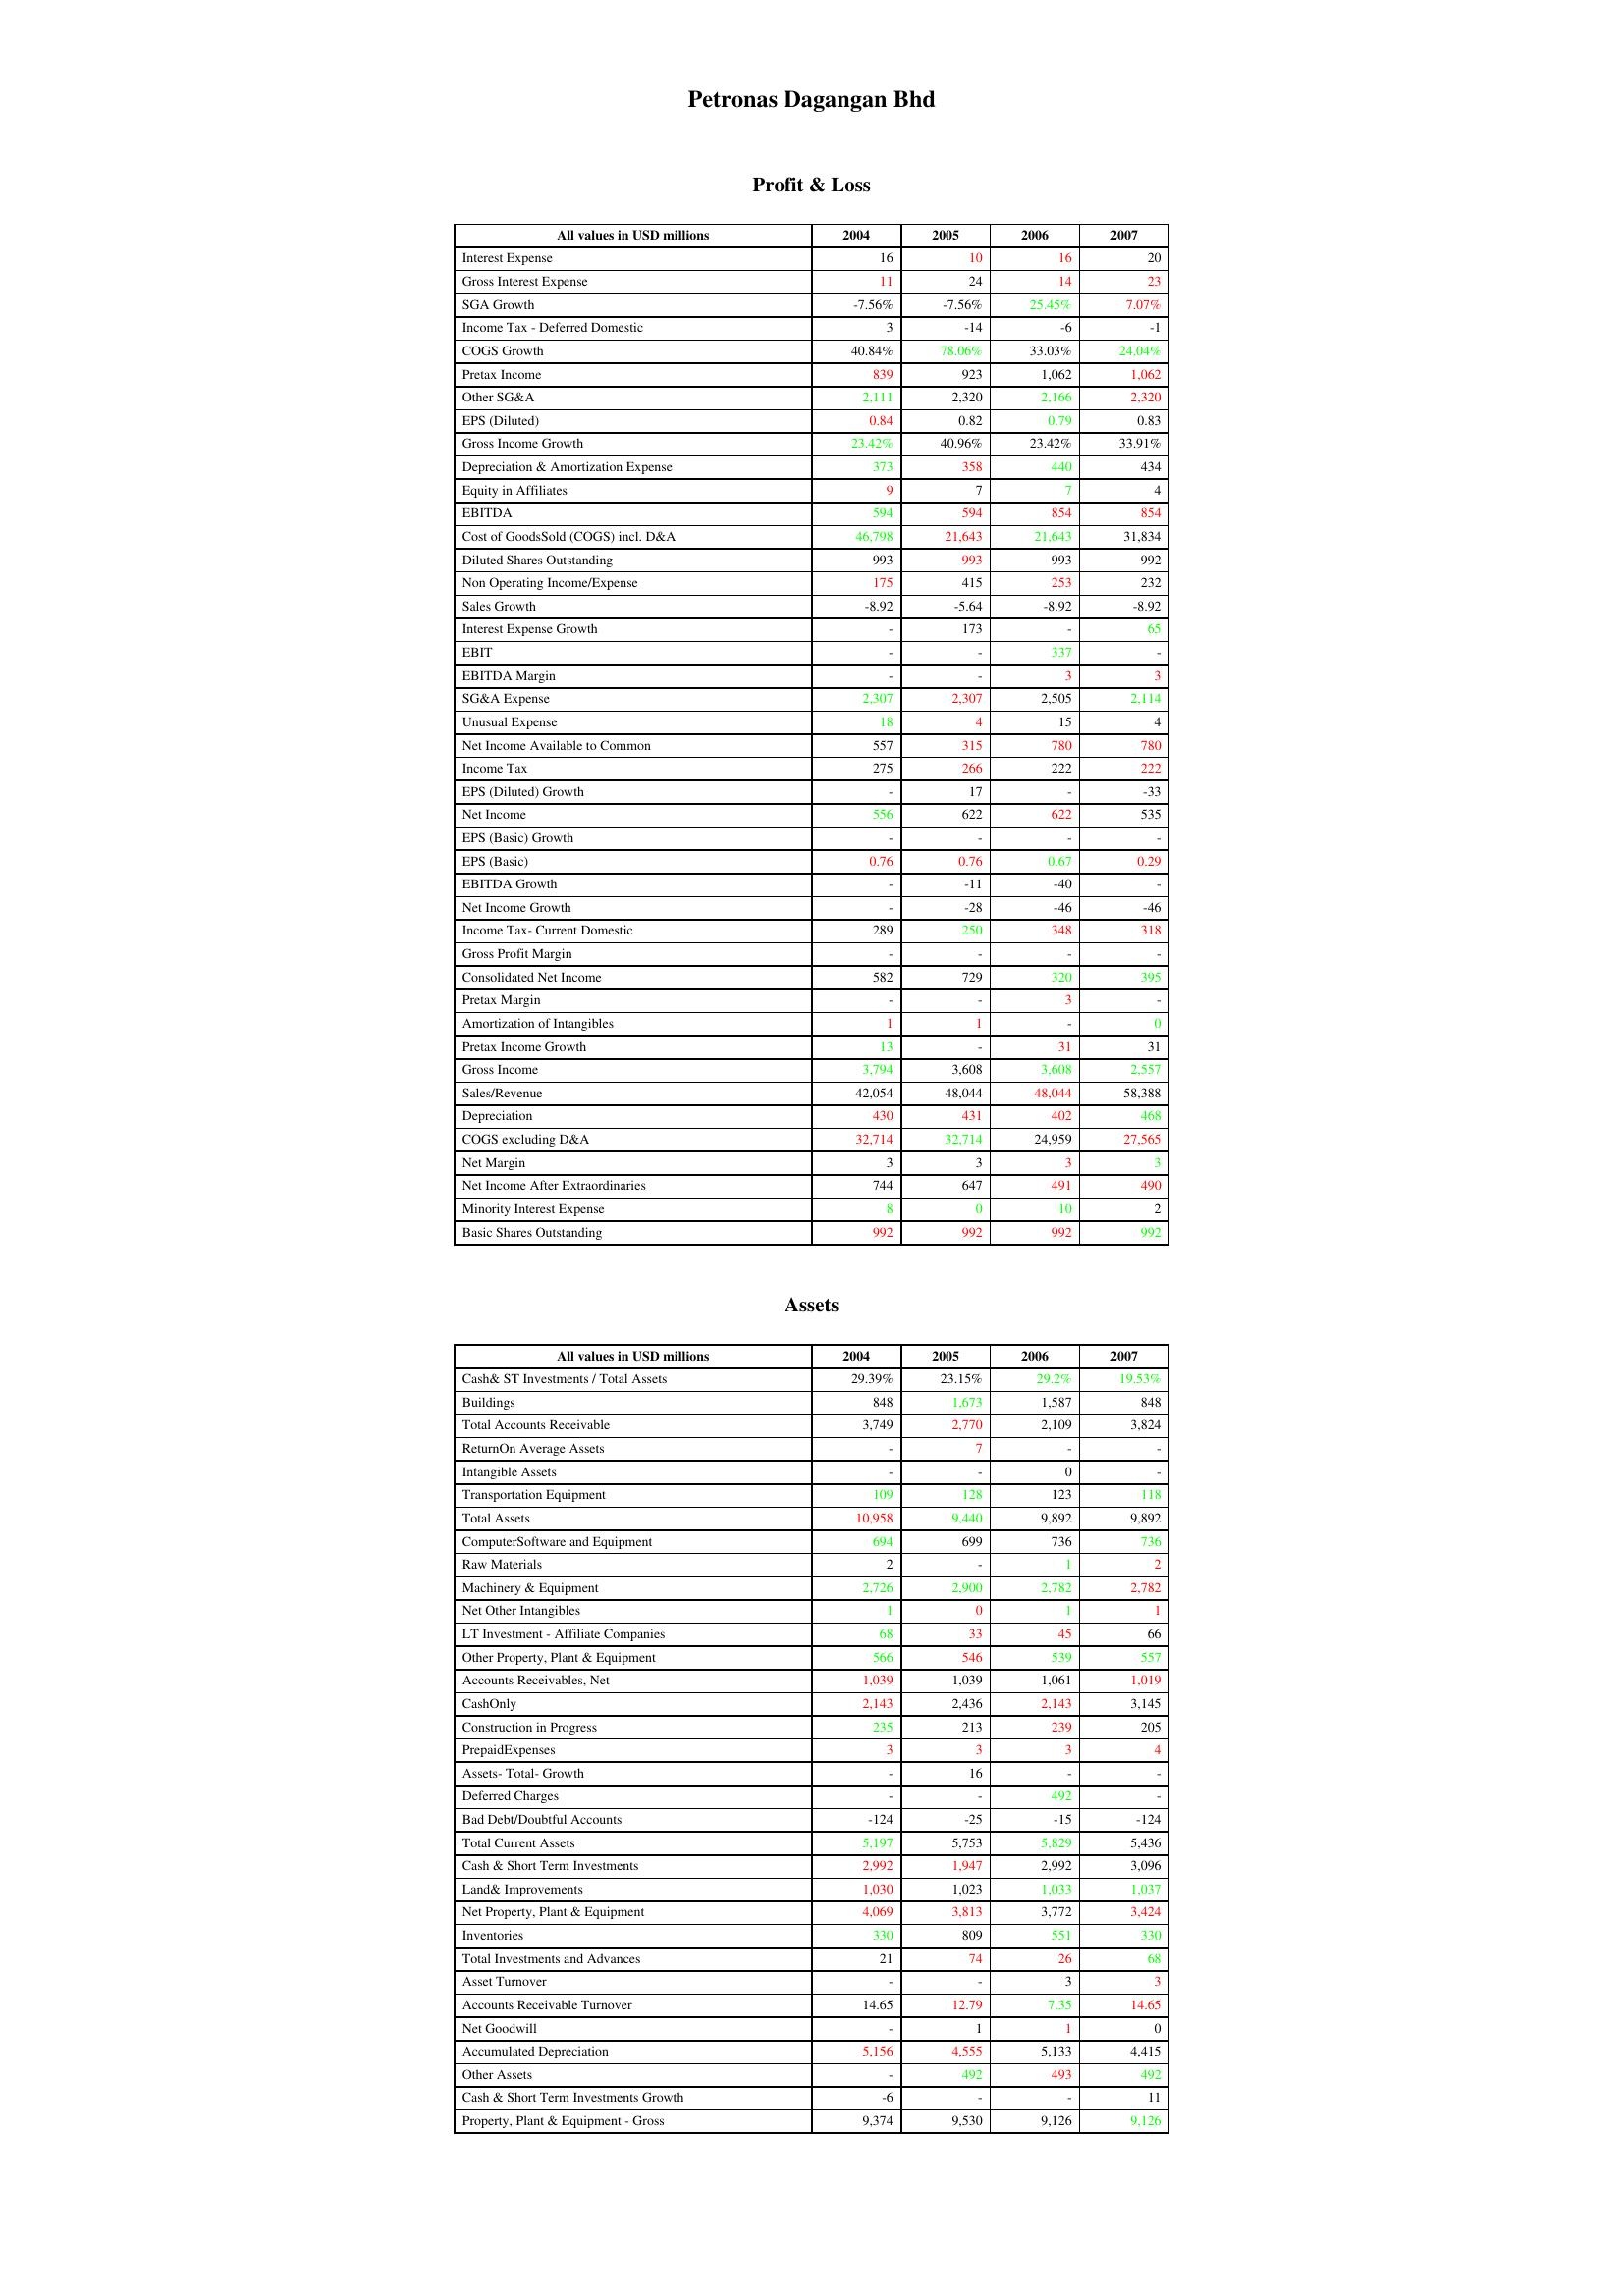
gt_parse: 2004: Profit & Loss: Interest Expense: 16
Gross Interest Expense: 11
SGA Growth: -7.56%
Income Tax - Deferred Domestic: 3
COGS Growth: 40.84%
Pretax Income: 839
Other SG&A: 2,111
EPS (Diluted): 0.84
Gross Income Growth: 23.42%
Depreciation & Amortization Expense: 373
Equity in Affiliates: 9
EBITDA: 594
Cost of GoodsSold (COGS) incl. D&A: 46,798
Diluted Shares Outstanding: 993
Non Operating Income/Expense: 175
Sales Growth: -8.92
Interest Expense Growth: -
EBIT: -
EBITDA Margin: -
SG&A Expense: 2,307
Unusual Expense: 18
Net Income Available to Common: 557
Income Tax: 275
EPS (Diluted) Growth: -
Net Income: 556
EPS (Basic) Growth: -
EPS (Basic): 0.76
EBITDA Growth: -
Net Income Growth: -
Income Tax- Current Domestic: 289
Gross Profit Margin: -
Consolidated Net Income: 582
Pretax Margin: -
Amortization of Intangibles: 1
Pretax Income Growth: 13
Gross Income: 3,794
Sales/Revenue: 42,054
Depreciation: 430
COGS excluding D&A: 32,714
Net Margin: 3
Net Income After Extraordinaries: 744
Minority Interest Expense: 8
Basic Shares Outstanding: 992
Assets: Cash& ST Investments / Total Assets: 29.39%
Buildings: 848
Total Accounts Receivable: 3,749
ReturnOn Average Assets: -
Intangible Assets: -
Transportation Equipment: 109
Total Assets: 10,958
ComputerSoftware and Equipment: 694
Raw Materials: 2
Machinery & Equipment: 2,726
Net Other Intangibles: 1
LT Investment - Affiliate Companies: 68
Other Property, Plant & Equipment: 566
Accounts Receivables, Net: 1,039
CashOnly: 2,143
Construction in Progress: 235
PrepaidExpenses: 3
Assets- Total- Growth: -
Deferred Charges: -
Bad Debt/Doubtful Accounts: -124
Total Current Assets: 5,197
Cash & Short Term Investments: 2,992
Land& Improvements: 1,030
Net Property, Plant & Equipment: 4,069
Inventories: 330
Total Investments and Advances: 21
Asset Turnover: -
Accounts Receivable Turnover: 14.65
Net Goodwill: -
Accumulated Depreciation: 5,156
Other Assets: -
Cash & Short Term Investments Growth: -6
Property, Plant & Equipment - Gross : 9,374
2005: Profit & Loss: Interest Expense: 10
Gross Interest Expense: 24
SGA Growth: -7.56%
Income Tax - Deferred Domestic: -14
COGS Growth: 78.06%
Pretax Income: 923
Other SG&A: 2,320
EPS (Diluted): 0.82
Gross Income Growth: 40.96%
Depreciation & Amortization Expense: 358
Equity in Affiliates: 7
EBITDA: 594
Cost of GoodsSold (COGS) incl. D&A: 21,643
Diluted Shares Outstanding: 993
Non Operating Income/Expense: 415
Sales Growth: -5.64
Interest Expense Growth: 173
EBIT: -
EBITDA Margin: -
SG&A Expense: 2,307
Unusual Expense: 4
Net Income Available to Common: 315
Income Tax: 266
EPS (Diluted) Growth: 17
Net Income: 622
EPS (Basic) Growth: -
EPS (Basic): 0.76
EBITDA Growth: -11
Net Income Growth: -28
Income Tax- Current Domestic: 250
Gross Profit Margin: -
Consolidated Net Income: 729
Pretax Margin: -
Amortization of Intangibles: 1
Pretax Income Growth: -
Gross Income: 3,608
Sales/Revenue: 48,044
Depreciation: 431
COGS excluding D&A: 32,714
Net Margin: 3
Net Income After Extraordinaries: 647
Minority Interest Expense: 0
Basic Shares Outstanding: 992
Assets: Cash& ST Investments / Total Assets: 23.15%
Buildings: 1,673
Total Accounts Receivable: 2,770
ReturnOn Average Assets: 7
Intangible Assets: -
Transportation Equipment: 128
Total Assets: 9,440
ComputerSoftware and Equipment: 699
Raw Materials: -
Machinery & Equipment: 2,900
Net Other Intangibles: 0
LT Investment - Affiliate Companies: 33
Other Property, Plant & Equipment: 546
Accounts Receivables, Net: 1,039
CashOnly: 2,436
Construction in Progress: 213
PrepaidExpenses: 3
Assets- Total- Growth: 16
Deferred Charges: -
Bad Debt/Doubtful Accounts: -25
Total Current Assets: 5,753
Cash & Short Term Investments: 1,947
Land& Improvements: 1,023
Net Property, Plant & Equipment: 3,813
Inventories: 809
Total Investments and Advances: 74
Asset Turnover: -
Accounts Receivable Turnover: 12.79
Net Goodwill: 1
Accumulated Depreciation: 4,555
Other Assets: 492
Cash & Short Term Investments Growth: -
Property, Plant & Equipment - Gross : 9,530
2006: Profit & Loss: Interest Expense: 16
Gross Interest Expense: 14
SGA Growth: 25.45%
Income Tax - Deferred Domestic: -6
COGS Growth: 33.03%
Pretax Income: 1,062
Other SG&A: 2,166
EPS (Diluted): 0.79
Gross Income Growth: 23.42%
Depreciation & Amortization Expense: 440
Equity in Affiliates: 7
EBITDA: 854
Cost of GoodsSold (COGS) incl. D&A: 21,643
Diluted Shares Outstanding: 993
Non Operating Income/Expense: 253
Sales Growth: -8.92
Interest Expense Growth: -
EBIT: 337
EBITDA Margin: 3
SG&A Expense: 2,505
Unusual Expense: 15
Net Income Available to Common: 780
Income Tax: 222
EPS (Diluted) Growth: -
Net Income: 622
EPS (Basic) Growth: -
EPS (Basic): 0.67
EBITDA Growth: -40
Net Income Growth: -46
Income Tax- Current Domestic: 348
Gross Profit Margin: -
Consolidated Net Income: 320
Pretax Margin: 3
Amortization of Intangibles: -
Pretax Income Growth: 31
Gross Income: 3,608
Sales/Revenue: 48,044
Depreciation: 402
COGS excluding D&A: 24,959
Net Margin: 3
Net Income After Extraordinaries: 491
Minority Interest Expense: 10
Basic Shares Outstanding: 992
Assets: Cash& ST Investments / Total Assets: 29.2%
Buildings: 1,587
Total Accounts Receivable: 2,109
ReturnOn Average Assets: -
Intangible Assets: 0
Transportation Equipment: 123
Total Assets: 9,892
ComputerSoftware and Equipment: 736
Raw Materials: 1
Machinery & Equipment: 2,782
Net Other Intangibles: 1
LT Investment - Affiliate Companies: 45
Other Property, Plant & Equipment: 539
Accounts Receivables, Net: 1,061
CashOnly: 2,143
Construction in Progress: 239
PrepaidExpenses: 3
Assets- Total- Growth: -
Deferred Charges: 492
Bad Debt/Doubtful Accounts: -15
Total Current Assets: 5,829
Cash & Short Term Investments: 2,992
Land& Improvements: 1,033
Net Property, Plant & Equipment: 3,772
Inventories: 551
Total Investments and Advances: 26
Asset Turnover: 3
Accounts Receivable Turnover: 7.35
Net Goodwill: 1
Accumulated Depreciation: 5,133
Other Assets: 493
Cash & Short Term Investments Growth: -
Property, Plant & Equipment - Gross : 9,126
2007: Profit & Loss: Interest Expense: 20
Gross Interest Expense: 23
SGA Growth: 7.07%
Income Tax - Deferred Domestic: -1
COGS Growth: 24.04%
Pretax Income: 1,062
Other SG&A: 2,320
EPS (Diluted): 0.83
Gross Income Growth: 33.91%
Depreciation & Amortization Expense: 434
Equity in Affiliates: 4
EBITDA: 854
Cost of GoodsSold (COGS) incl. D&A: 31,834
Diluted Shares Outstanding: 992
Non Operating Income/Expense: 232
Sales Growth: -8.92
Interest Expense Growth: 65
EBIT: -
EBITDA Margin: 3
SG&A Expense: 2,114
Unusual Expense: 4
Net Income Available to Common: 780
Income Tax: 222
EPS (Diluted) Growth: -33
Net Income: 535
EPS (Basic) Growth: -
EPS (Basic): 0.29
EBITDA Growth: -
Net Income Growth: -46
Income Tax- Current Domestic: 318
Gross Profit Margin: -
Consolidated Net Income: 395
Pretax Margin: -
Amortization of Intangibles: 0
Pretax Income Growth: 31
Gross Income: 2,557
Sales/Revenue: 58,388
Depreciation: 468
COGS excluding D&A: 27,565
Net Margin: 3
Net Income After Extraordinaries: 490
Minority Interest Expense: 2
Basic Shares Outstanding: 992
Assets: Cash& ST Investments / Total Assets: 19.53%
Buildings: 848
Total Accounts Receivable: 3,824
ReturnOn Average Assets: -
Intangible Assets: -
Transportation Equipment: 118
Total Assets: 9,892
ComputerSoftware and Equipment: 736
Raw Materials: 2
Machinery & Equipment: 2,782
Net Other Intangibles: 1
LT Investment - Affiliate Companies: 66
Other Property, Plant & Equipment: 557
Accounts Receivables, Net: 1,019
CashOnly: 3,145
Construction in Progress: 205
PrepaidExpenses: 4
Assets- Total- Growth: -
Deferred Charges: -
Bad Debt/Doubtful Accounts: -124
Total Current Assets: 5,436
Cash & Short Term Investments: 3,096
Land& Improvements: 1,037
Net Property, Plant & Equipment: 3,424
Inventories: 330
Total Investments and Advances: 68
Asset Turnover: 3
Accounts Receivable Turnover: 14.65
Net Goodwill: 0
Accumulated Depreciation: 4,415
Other Assets: 492
Cash & Short Term Investments Growth: 11
Property, Plant & Equipment - Gross : 9,126